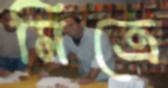
মিত্রে